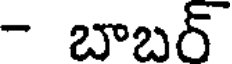
- బాబర్